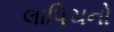
લાપિચનો